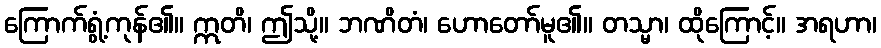
ကြောက်ရွံ့ကုန်၏။ ဣတိ၊ ဤသို့။ ဘဏိတံ၊ ဟောတော်မူ၏။ တသ္မာ၊ ထိုကြောင့်။ အရဟာ၊